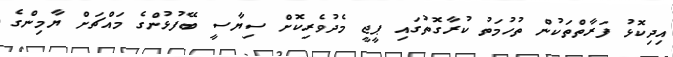
އިދިކޮޅު ފަރާތްތަކުން ތުހުމަތު ކުރާގޮތުގައި ޕީޖީ މެދުވެރިކޮށް ސިޔާސީ ބޭފުޅުންގެ މައްޗަށް ޔާމިންގެ